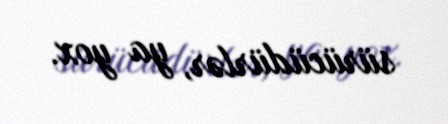
sürücüdürlər, ya yox.